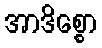
အာဒိစ္စော